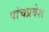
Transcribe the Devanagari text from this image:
पांचप्रवेश